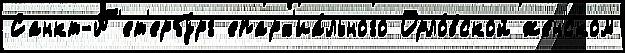
Санкт-П'ет'ербу́рг епарх'иа́льного Орло́вской же́нском